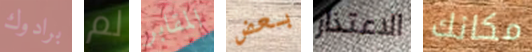
برادوك لم المقابر بعض الاعتذار مكانك